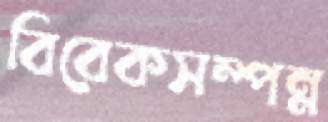
বিবেকসম্পন্ন